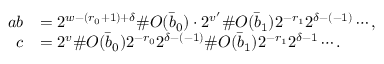
\begin{array} { r l } { a b } & { = 2 ^ { w - ( r _ { 0 } + 1 ) + \delta } \# O ( \bar { b } _ { 0 } ) \cdot 2 ^ { v ^ { \prime } } \# O ( \bar { b } _ { 1 } ) 2 ^ { - r _ { 1 } } 2 ^ { \delta - ( - 1 ) } \cdots , } \\ { c } & { = 2 ^ { v } \# O ( \bar { b } _ { 0 } ) 2 ^ { - r _ { 0 } } 2 ^ { \delta - ( - 1 ) } \# O ( \bar { b } _ { 1 } ) 2 ^ { - r _ { 1 } } 2 ^ { \delta - 1 } \cdots . } \end{array}